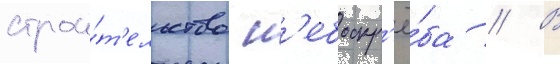
строи́т'ельство н'ебоскр'ё́ба // В